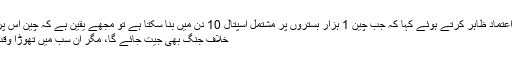
انھوں نے چین پر اعتماد ظاہر کرتے ہوئے کہا کہ جب چین 1 ہزار بستروں پر مشتمل اسپتال 10 دن میں بنا سکتا ہے تو مجھے یقین ہے کہ چین اس پْراثرار وائرس کے
خلاف جنگ بھی جیت جائے گا، مگر اِن سب میں تھوڑا وقت ضرور لگے گا۔